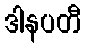
ဒါနပတီ